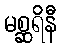
မစ္ဆရိနီ